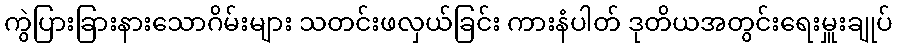
ကွဲပြားခြားနားသောဂိမ်းများ သတင်းဖလှယ်ခြင်း ကားနံပါတ် ဒုတိယအတွင်းရေးမှူးချုပ်